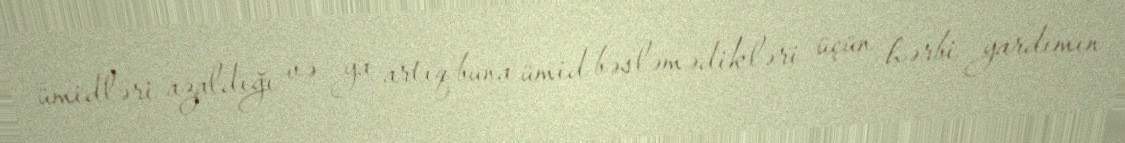
ümidləri azaldığı və ya artıq buna ümid bəsləmədikləri üçün hərbi yardımın